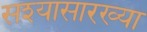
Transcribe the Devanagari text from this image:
सश्यासारख्या